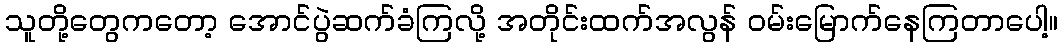
သူတို့တွေကတော့ အောင်ပွဲဆက်ခံကြလို့ အတိုင်းထက်အလွန် ဝမ်းမြောက်နေကြတာပေါ့။